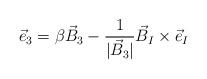
LaTeX: \begin{align*}{\vec e}_{3}= \beta {\vec B}_3 - \frac{1}{|{\vec B}_3|} {\vec B}_I\times{\vec e}_I\end{align*}